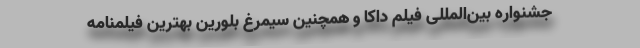
جشنواره بین‌المللی فیلم داکا و همچنین سیمرغ بلورین بهترین فیلمنامه